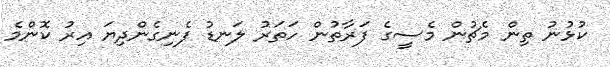
ކުޅުނު ތިން މެޗުން މެސީގެ ފަރާތުން ހަތަރު ލަނޑު ފެނިގެންދިޔަ އިރު ކޮންމެ